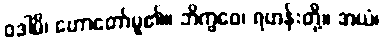
ဝဒါမိ၊ ဟောတော်မူ၏။ ဘိက္ခဝေ၊ ရဟန်းတို့။ အယံ၊